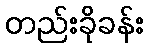
တည်းခိုခန်း